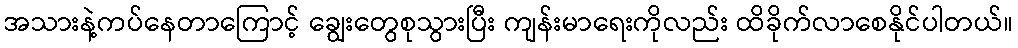
အသားနဲ့ကပ်နေတာကြောင့် ချွေးတွေစုသွားပြီး ကျန်းမာရေးကိုလည်း ထိခိုက်လာစေနိုင်ပါတယ်။